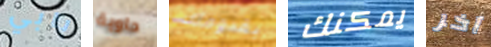
بابي حاوية بقدومك يمكنك آخر